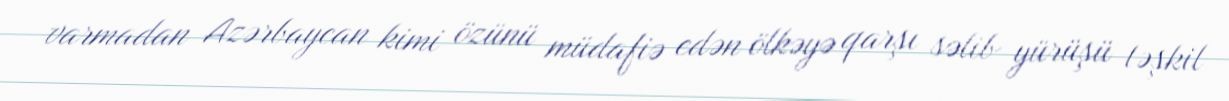
varmadan Azərbaycan kimi özünü müdafiə edən ölkəyə qarşı səlib yürüşü təşkil